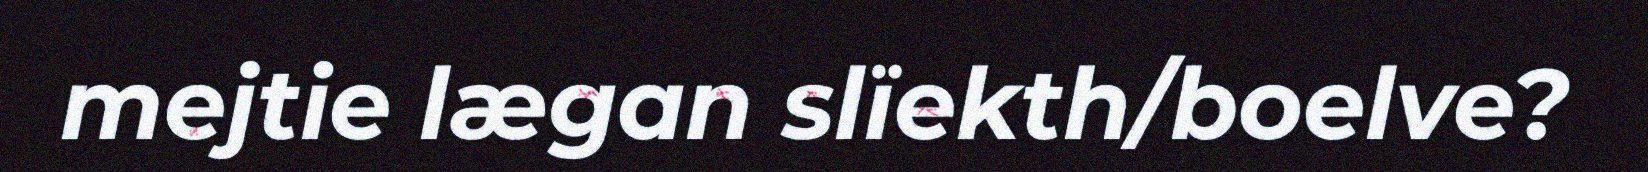
mejtie lægan slïekth/boelve?